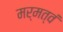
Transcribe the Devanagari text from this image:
मर्मत्वं